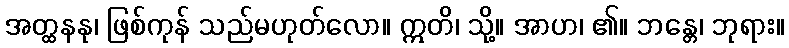
အတ္ထနနု၊ ဖြစ်ကုန် သည်မဟုတ်လော။ ဣတိ၊ သို့။ အာဟ၊ ၏။ ဘန္တေ၊ ဘုရား။